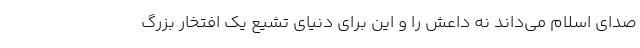
صدای اسلام می‌داند نه داعش را و این برای دنیای تشیع یک افتخار بزرگ